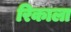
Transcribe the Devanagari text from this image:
रिकाला